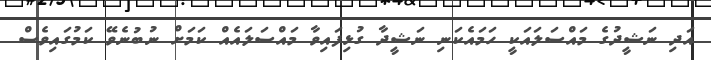
އަދި ނަޝީދުގެ މައްސަލައަކީ ހަމައެކަނި ނަޝީދާ ގުޅިފައިވާ މައްސަލައެއް ކަަމަށް ނުބުނެވޭ ކަމުގައިވެސް